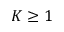
K \ge 1